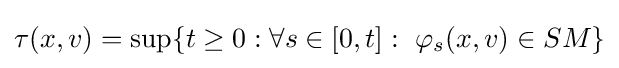
\tau (x,v)=\sup\{t\geq 0:\forall s\in [0,t]:~\varphi _{s}(x,v)\in SM\}